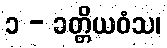
၁ - ခတ္တိယဝံသ၊